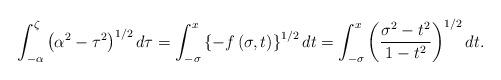
LaTeX: \begin{align*}\int_{-\alpha}^{\zeta}{\left( {\alpha^{2}-\tau^{2}}\right) ^{1/2}d\tau}=\int_{-\sigma}^{x}{\left\{ {-f\left( {\sigma,t}\right) }\right\}^{1/2}dt}=\int_{-\sigma}^{x}{\left( {\frac{\sigma^{2}-t^{2}}{1-t^{2}}}\right) ^{1/2}dt}. \end{align*}